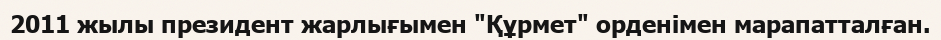
2011 жылы президент жарлығымен "Құрмет" орденімен марапатталған.